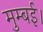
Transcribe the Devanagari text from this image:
मुम्बई।